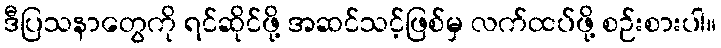
ဒီပြသနာတွေကို ရင်ဆိုင်ဖို့ အဆင်သင့်ဖြစ်မှ လက်ထပ်ဖို့ စဉ်းစားပါ။